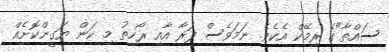
ސައްތާ"ގެ ރިމޭކް އެކެވެ. ނަމަވެސް ފަރާ އާއި ރޯހިތު މި ކަން ޔަގީންކޮށެއް